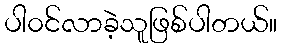
ပါ၀င်လာခဲ့သူဖြစ်ပါတယ်။